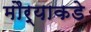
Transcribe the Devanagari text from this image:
मौर्याकडे